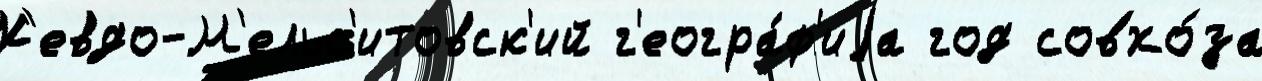
К'евдо-М'ельс'итовск'ий г'еогра́ф'иjа год совхо́за